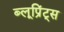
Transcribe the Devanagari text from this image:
ब्लूप्रिंट्स